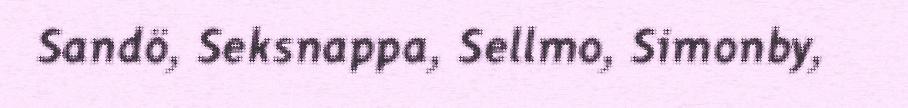
Sandö, Seksnappa, Sellmo, Simonby,